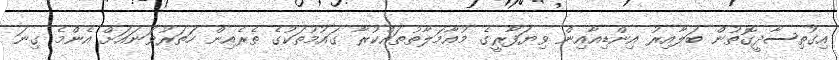
އިގުތިސާދީގޮތުން ބަލާއިރު އިންޑިއާއިން ވިޔަފާރީގެ މުޢާމަލާތުތައްކުރާ ގައުމުތަކުގެ ތެރެއިން ހަތަރުވަނައަށް އެންމެ ގިނަ